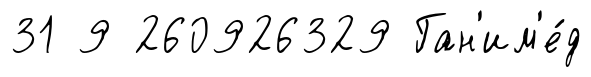
31 9 260926329 Ган'им'е́д